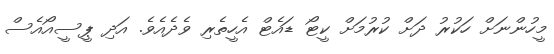
މީހުންނަށް ހަކުރު ދަށް ކުރުމަށް ކީޓޯ ޑައެޓް އެހީތެރި ވެދެއެވެ. އަދި ޕީސީއޯއެސް